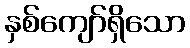
နှစ်ကျော်ရှိသော